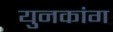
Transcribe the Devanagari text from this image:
युनकांग